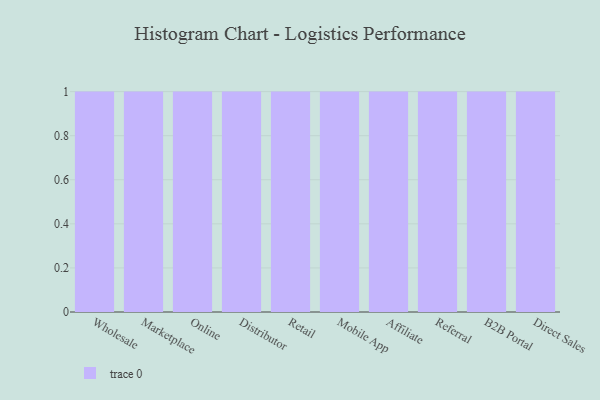
{"axis": {"x": "Channel", "y": "Website Visitors"}, "legend": [""], "data": [{"x": "Wholesale", "y": 64, "type": ""}, {"x": "Marketplace", "y": 73, "type": ""}, {"x": "Online", "y": 67, "type": ""}, {"x": "Distributor", "y": 3, "type": ""}, {"x": "Retail", "y": 82, "type": ""}, {"x": "Mobile App", "y": 2, "type": ""}, {"x": "Affiliate", "y": 96, "type": ""}, {"x": "Referral", "y": 82, "type": ""}, {"x": "B2B Portal", "y": 8, "type": ""}, {"x": "Direct Sales", "y": 46, "type": ""}]}